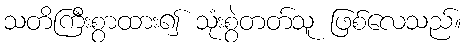
သတိကြီးစွာထား၍ သုံးစွဲတတ်သူ ဖြစ်လေသည်။